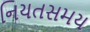
નિયતસમય